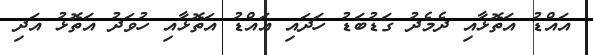
އައްޑު އަތޮޅާއި ދެމެދު ގަޑުބަޑު ހަދައި އައްޑު އަތޮޅާއި ހުވަދު އަތޮޅު އަދި